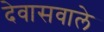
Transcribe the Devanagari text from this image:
देवासवाले